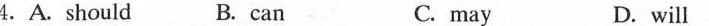
4.A.Should B.can C. may D. will